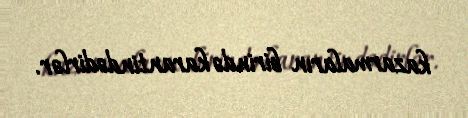
kazarmaların birində karantindədirlər.